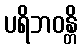
ပရိဘဝန္တိ